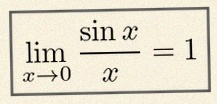
\lim_{x\to0}\frac{\sin x}{x}=1